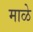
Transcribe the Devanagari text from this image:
माळे